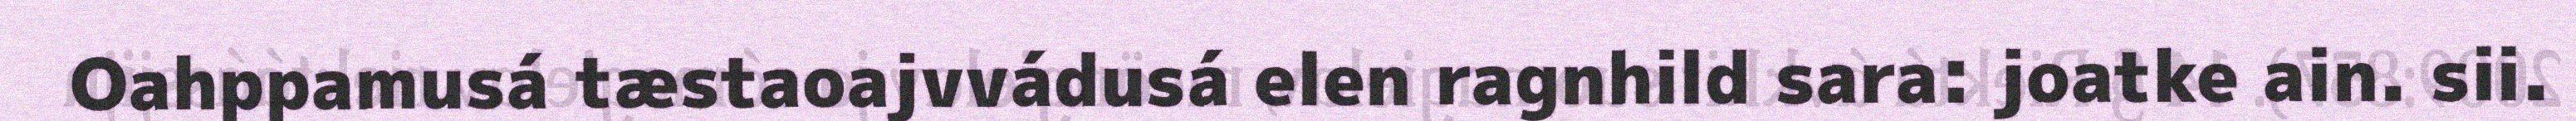
Oahppamusá tæstaoajvvádusá elen ragnhild sara: joatke ain. sii.